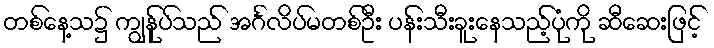
တစ်နေ့သ၌ ကျွန်ုပ်သည် အင်္ဂလိပ်မတစ်ဦး ပန်းသီးခူးနေသည့်ပုံကို ဆီဆေးဖြင့်